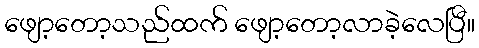
ဖျော့တော့သည်ထက် ဖျော့တော့လာခဲ့လေပြီ။